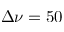
\Delta \nu = 5 0